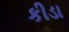
કીડા